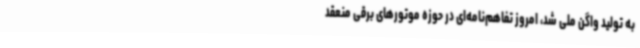
به تولید واگن ملی شد، امروز تفاهم‌نامه‌ای در حوزه موتورهای برقی منعقد